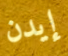
إيدن